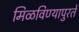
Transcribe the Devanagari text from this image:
मिळविण्यापुरते